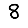
Digit: 8